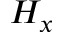
H _ { x }